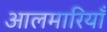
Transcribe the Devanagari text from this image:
आलमारियाँ